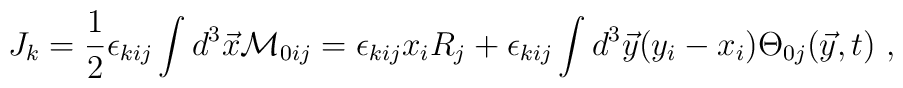
J_k={1\over 2}\epsilon_{kij}\int d^3\vec{x}{\cal M}_{0ij} =\epsilon_{kij}x_iR_j+\epsilon_{kij}\int d^3\vec{y}(y_i-x_i)\Theta_{0j}(\vec{y},t)~,